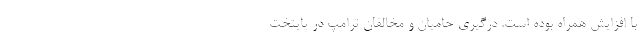
با افزایش همراه بوده است. درگیری حامیان و مخالفان ترامپ در پایتخت